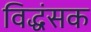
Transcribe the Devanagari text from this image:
विद्धंसक